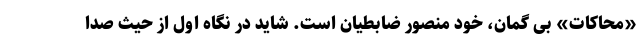
«محاکات» بی گمان، خود منصور ضابطیان است. شاید در نگاه اول از حیث صدا